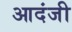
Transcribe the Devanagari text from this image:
आदंजी